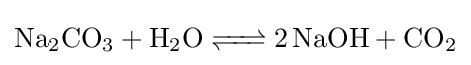
{\ce {Na2CO3 + H2O <=> 2NaOH + CO2}}